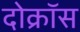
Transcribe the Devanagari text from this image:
दोक्रॉस